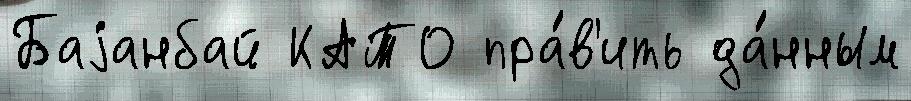
Баjанбай КАТО пра́в'ить да́нным